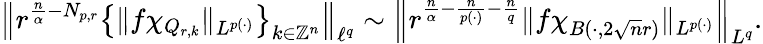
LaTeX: \left\| r^{\frac{n}{\alpha}-N_{p,r}}\left\{ \| f\chi_{Q_{r,k}}\| _{L^{p(\cdot)}}\right\} _{k\in\mathbb{Z}^{n}}\right\| _{\ell^{q}}\sim\left\| r^{\frac{n}{\alpha}-\frac{n}{p(\cdot)}-\frac{n}{q}}\| f\chi_{B(\cdot,2\sqrt{n}r)}\| _{L^{p(\cdot)}}\right\| _{L^{q}}.